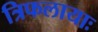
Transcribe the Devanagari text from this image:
त्रिफलायाः